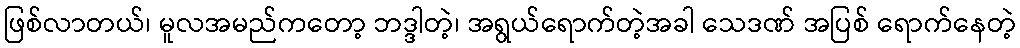
ဖြစ်လာတယ်၊ မူလအမည်ကတော့ ဘဒ္ဒါတဲ့၊ အရွယ်ရောက်တဲ့အခါ သေဒဏ် အပြစ် ရောက်နေတဲ့